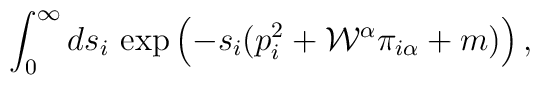
\int_0^\infty ds_i\, \exp\left(-s_i(p_i^2 + {\cal W}^{\alpha} \pi_{i\alpha} + m) \right),